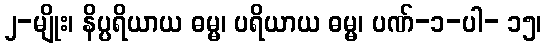
၂-မျိုး၊ နိပ္ပရိယာယ ဓမ္မ၊ ပရိယာယ ဓမ္မ၊ ပဏ်-၁-ပါ- ၁၅၊